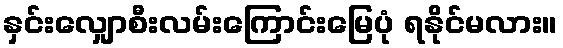
နှင်းလျှောစီးလမ်းကြောင်းမြေပုံ ရနိုင်မလား။